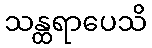
သန္ထရာပေသိ